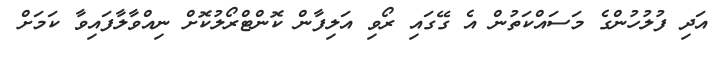
އަދި ފުލުހުންގެ މަސައްކަތުން އެ ގޭގައި ރޯވި އަލިފާން ކޮންޓްރޯލުކޮށް ނިއްވާލާފައިވާ ކަމަށް